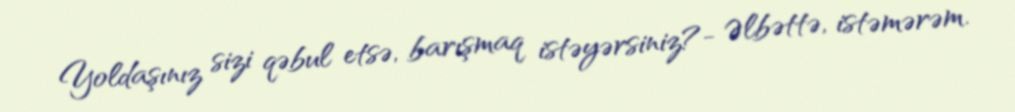
Yoldaşınız sizi qəbul etsə, barışmaq istəyərsiniz?- Əlbəttə, istəmərəm.